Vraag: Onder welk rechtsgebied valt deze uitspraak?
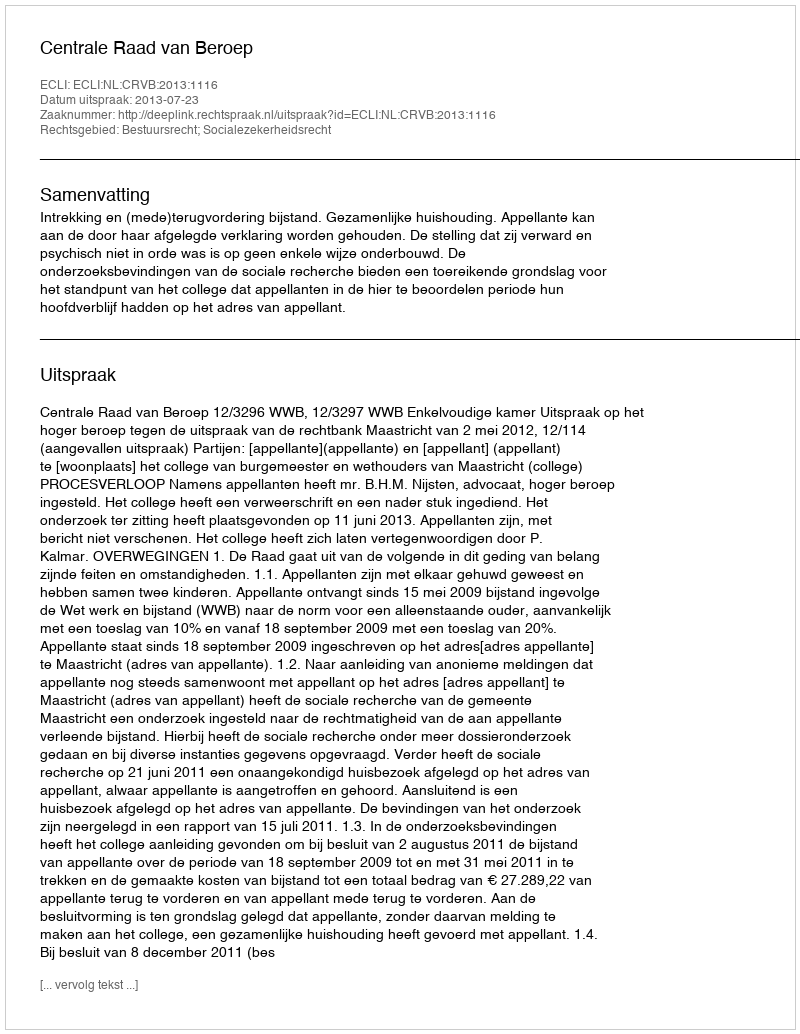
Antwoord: Bestuursrecht; Socialezekerheidsrecht